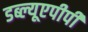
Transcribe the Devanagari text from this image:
डब्ल्यूएपीपी